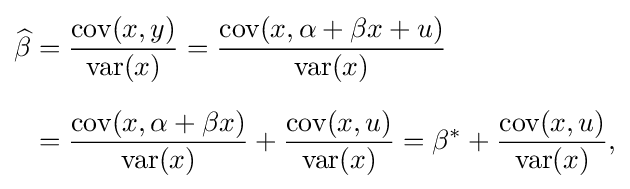
{\begin{aligned}{\widehat {\beta }}&={\frac {\operatorname {cov} (x,y)}{\operatorname {var} (x)}}={\frac {\operatorname {cov} (x,\alpha +\beta x+u)}{\operatorname {var} (x)}}\\[6pt]&={\frac {\operatorname {cov} (x,\alpha +\beta x)}{\operatorname {var} (x)}}+{\frac {\operatorname {cov} (x,u)}{\operatorname {var} (x)}}=\beta ^{*}+{\frac {\operatorname {cov} (x,u)}{\operatorname {var} (x)}},\end{aligned}}